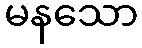
မနသော